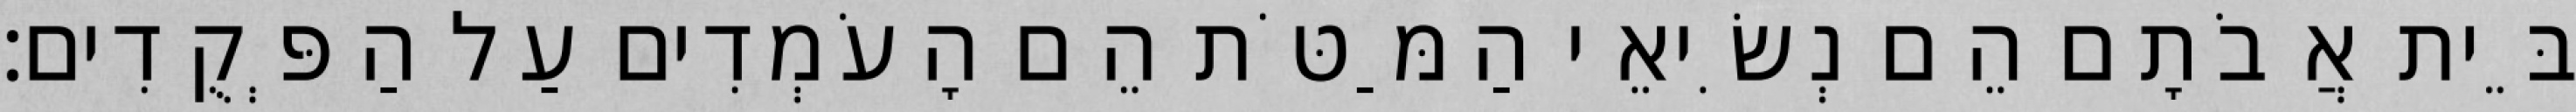
בֵּית אֲבֹתָם הֵם נְשִׂיאֵי הַמַּטֹּת הֵם הָעֹמְדִים עַל הַפְּקֻדִים׃